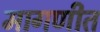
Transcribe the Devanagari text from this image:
मागणीत